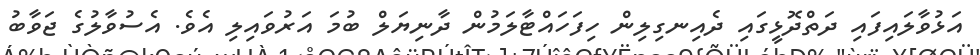
އަޅުވާލައިފައި ދަތްދޮޅީގައި ދެއިނގިލިން ހިފަހައްޓާލަމުން ދާނިޔަލް ބުމަ އަރުވައިލި އެވެ. އެސުވާލުގެ ޖަވާބު